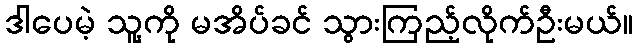
ဒါပေမဲ့ သူ့ကို မအိပ်ခင် သွားကြည့်လိုက်ဦးမယ်။